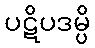
ပဋိပဒမ္ပိ